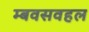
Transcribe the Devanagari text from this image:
म्बवसवहल